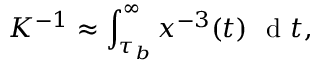
K ^ { - 1 } \approx \int _ { \tau _ { b } } ^ { \infty } x ^ { - 3 } ( t ) \ \mathrm { ~ d ~ } t ,